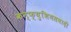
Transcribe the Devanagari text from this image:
कन्फ्युशियसवादी